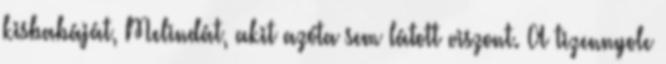
kisbabáját, Melindát, akit azóta sem látott viszont. A tizennyolc